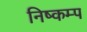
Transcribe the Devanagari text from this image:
निष्कम्प